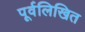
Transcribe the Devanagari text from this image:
पूर्वलिखित